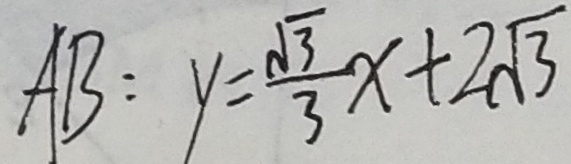
A B : y = \frac { \sqrt { 3 } } { 3 } x + 2 \sqrt { 3 }